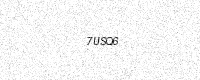
Text: 7USQ6